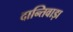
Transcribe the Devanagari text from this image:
दान्तिवाड़ा